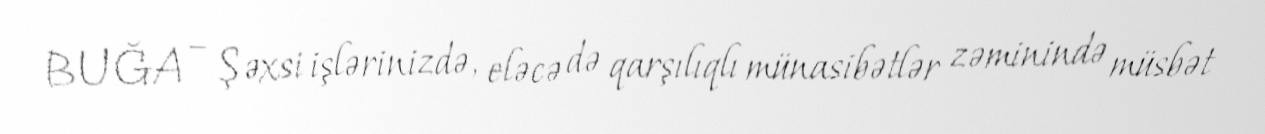
BUĞA – Şəxsi işlərinizdə, eləcə də qarşılıqlı münasibətlər zəminində müsbət